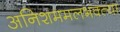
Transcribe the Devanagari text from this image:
अनिशममलभक्त्या